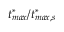
t _ { m a x } ^ { * } / t _ { m a x , s } ^ { * }